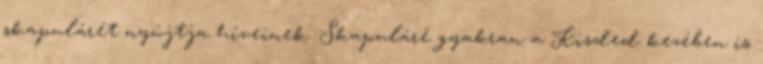
skapulárét nyújtja híveinek. Skapuláré gyakran a Kisded kezében is